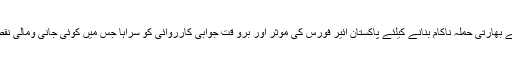
وزیر اعظم نے بھارتی حملہ ناکام بنانے کیلئے پاکستان ائیر فورس کی موثر اور برو قت جوابی کارروائی کو سراہا جس میں کوئی جانی ومالی نقصان نہیں ہوا ۔